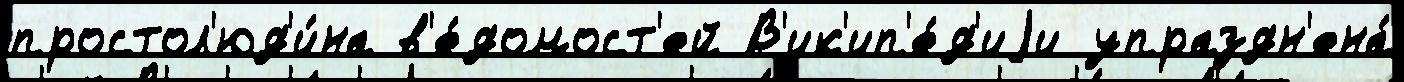
простол'юд'и́на в'е́домост'ей В'ик'ип'е́д'иjи упраздн'ена́